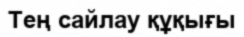
Тең сайлау құқығы